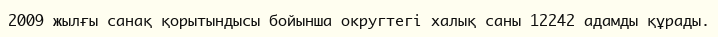
2009 жылғы санақ қорытындысы бойынша округтегі халық саны 12242 адамды құрады.